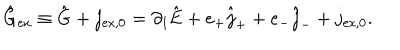
LaTeX: \hat { \mathrm { G } } _ { \mathrm { e x } } \equiv \hat { \mathrm { G } } + j _ { \mathrm { e x , 0 } } = \partial _ { 1 } \hat { \mathrm { E } } + e _ { + } \hat { j } _ { + } + e _ { - } \hat { j } _ { - } + j _ { \mathrm { e x , 0 } } .